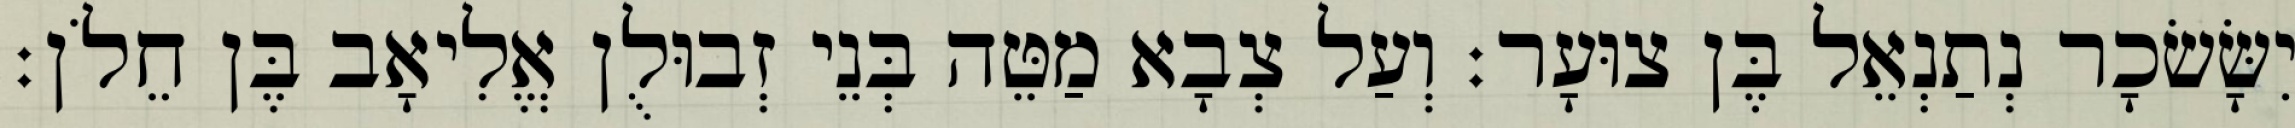
יִשָּׂשׂכָר נְתַנְאֵל בֶּן צוּעָר׃ וְעַל צְבָא מַטֵּה בְּנֵי זְבוּלֻן אֱלִיאָב בֶּן חֵלֹן׃